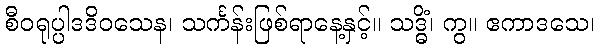
စီဝရုပ္ပါဒဒိဝသေန၊ သင်္ကန်းဖြစ်ရာနေ့နှင့်။ သဒ္ဓိံ၊ ကွ။ ဧကာဒသေ၊